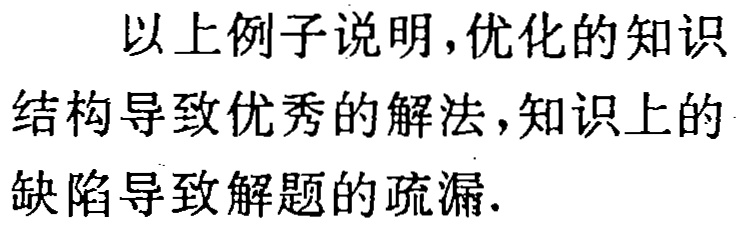
以上例子说明，优化的知识结构导致优秀的解法，知识上的缺陷导致解题的疏漏.